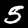
Digit: 5